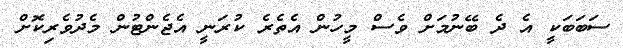
ސަބަބަކީ އެ ދެ ބޭނުމަށް ވެސް މީހުން އެތެރެ ކުރަނީ އެޖެންޓުން މެދުވެރިކޮށް